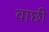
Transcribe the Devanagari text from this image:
वाछी